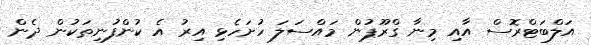
އަލްބަޓްރޮސް އާއި މިނާ ގްރޫޕުން މައްސަލަ ހުށަހެޅި އިރު އެ ކުންފުނިތަކުން ދެން